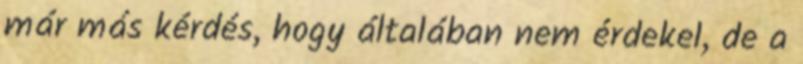
már más kérdés, hogy általában nem érdekel, de a